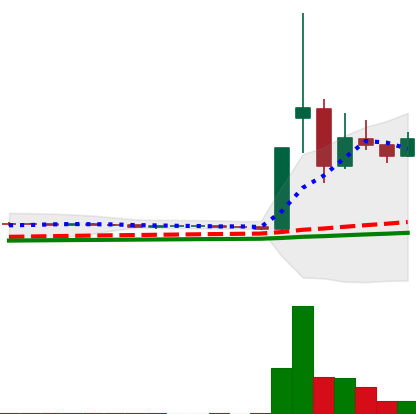
Ticker: DOGE-USD
Chart end date: 2021-02-03
Forward return: 112.352%
Label: up_7plus